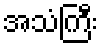
အသံကြီး